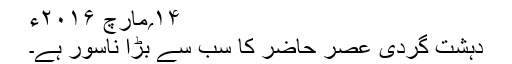
۱۴؍مارچ ۲۰۱۶ء
دہشت گردی عصر حاضر کا سب سے بڑا ناسور ہے۔